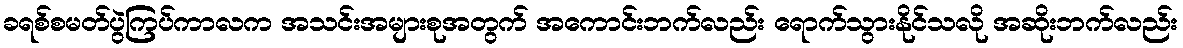
ခရစ်စမတ်ပွဲကြပ်ကာလက အသင်းအများစုအတွက် အကောင်းဘက်လည်း ရောက်သွားနိုင်သလို အဆိုးဘက်လည်း